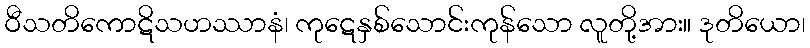
ဝီသတိကောဋိသဟဿာနံ၊ ကုဋေနှစ်သောင်းကုန်သော လူတို့အား။ ဒုတိယော၊